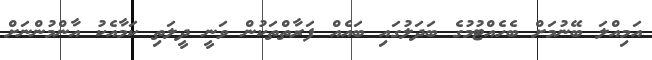
އަމިއްލަ ބޭނުމަށް ބެހެއްޓުމުގެ ބަދަލުގައި ބައެއް ފަރާތްތަކުން ވަނީ ދީލަތި ކަމާއެކު އާންމުންނަށް